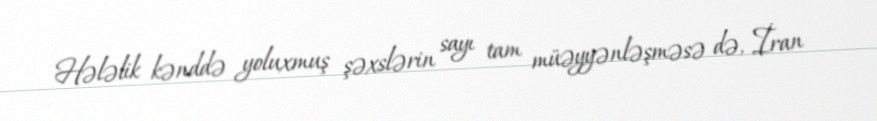
Hələlik kənddə yoluxmuş şəxslərin sayı tam müəyyənləşməsə də, İran